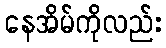
နေအိမ်ကိုလည်း